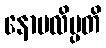
နောပလိမ္ပတိ